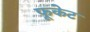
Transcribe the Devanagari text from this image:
फूकेट